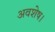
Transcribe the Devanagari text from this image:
अवशेष।